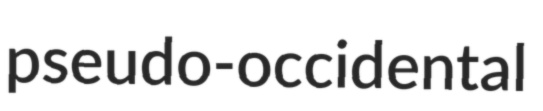
pseudo-occidental